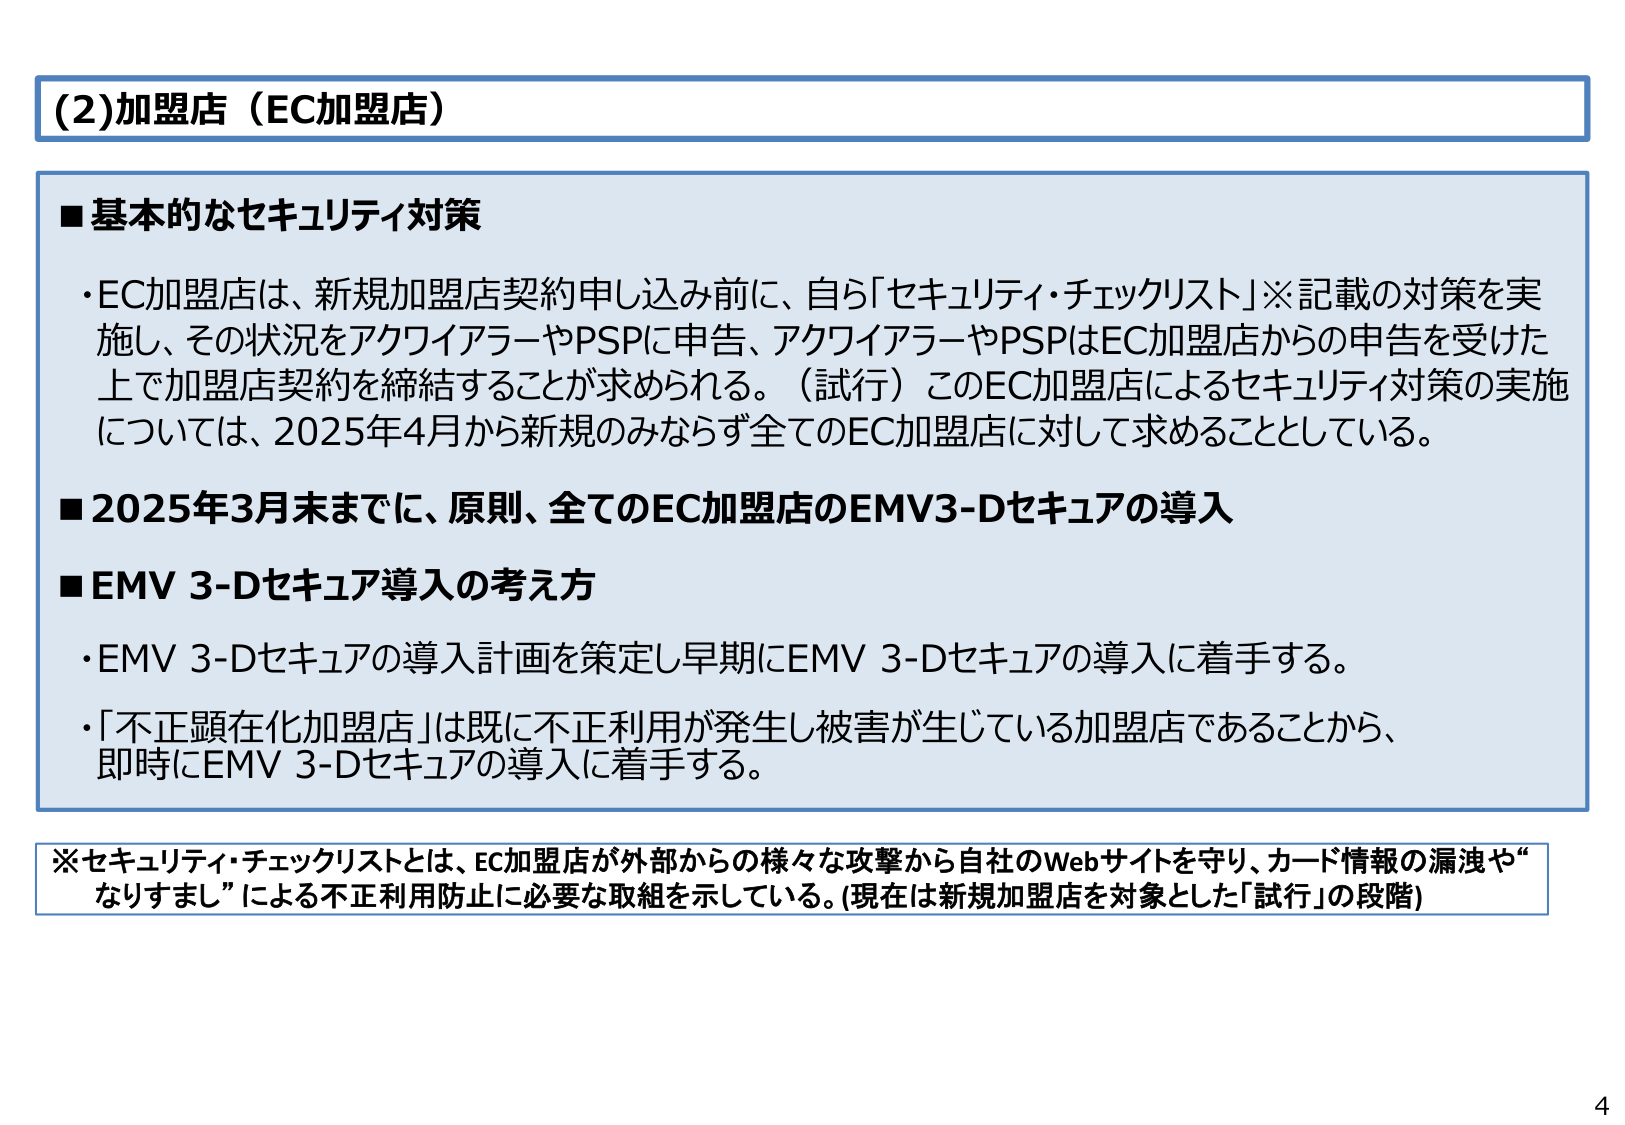
(2)加盟店（EC加盟店）

■基本的なセキュリティ対策
・EC加盟店は、新規加盟店契約申し込み前に、自ら「セキュリティ・チェックリスト」※記載の対策を実施し、その状況をアクワイアラーやPSPに申告、アクワイアラーやPSPはEC加盟店からの申告を受けた上で加盟店契約を締結することが求められる。（試行）このEC加盟店によるセキュリティ対策の実施については、2025年4月から新規のみならず全てのEC加盟店に対して求めることとしている。

■2025年3月末までに、原則、全てのEC加盟店のEMV3-Dセキュアの導入

■EMV 3-Dセキュア導入の考え方
・EMV 3-Dセキュアの導入計画を策定し早期にEMV 3-Dセキュアの導入に着手する。
・「不正顕在化加盟店」は既に不正利用が発生し被害が生じている加盟店であることから、即時にEMV 3-Dセキュアの導入に着手する。

※セキュリティ・チェックリストとは、EC加盟店が外部からの様々な攻撃から自社のWebサイトを守り、カード情報の漏洩や“なりすまし”による不正利用防止に必要な取組を示している。（現在は新規加盟店を対象とした「試行」の段階）

4